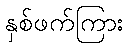
နှစ်ဖက်ကြား